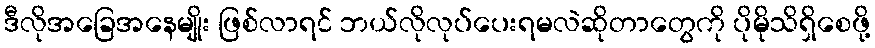
ဒီလိုအခြေအနေမျိုး ဖြစ်လာရင် ဘယ်လိုလုပ်ပေးရမလဲဆိုတာတွေကို ပိုမိုသိရှိစေဖို့